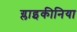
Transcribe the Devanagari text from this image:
ग्लाइकीनिया